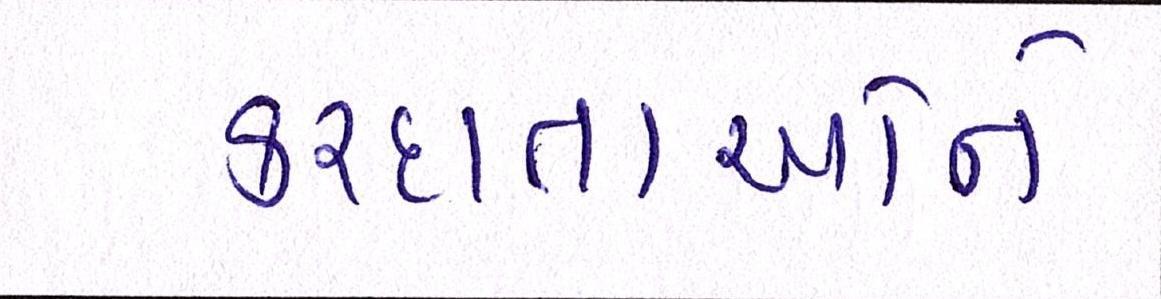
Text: કરદાતાઓને